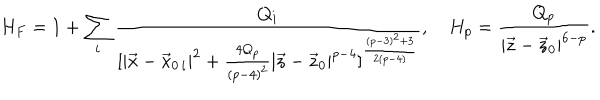
H _ { F } = 1 + \sum _ { i } { \frac { Q _ { i } } { [ | \vec { x } - \vec { x } _ { 0 \, i } | ^ { 2 } + { \frac { 4 Q _ { p } } { ( p - 4 ) ^ { 2 } } } | \vec { z } - \vec { z } _ { 0 } | ^ { p - 4 } ] ^ { \frac { ( p - 3 ) ^ { 2 } + 3 } { 2 ( p - 4 ) } } } } , H _ { p } = { \frac { Q _ { p } } { | \vec { z } - \vec { z } _ { 0 } | ^ { 6 - p } } } .